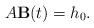
LaTeX: \begin{align*} A{\bf B}(t)=h_0.\end{align*}